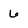
Character: 6